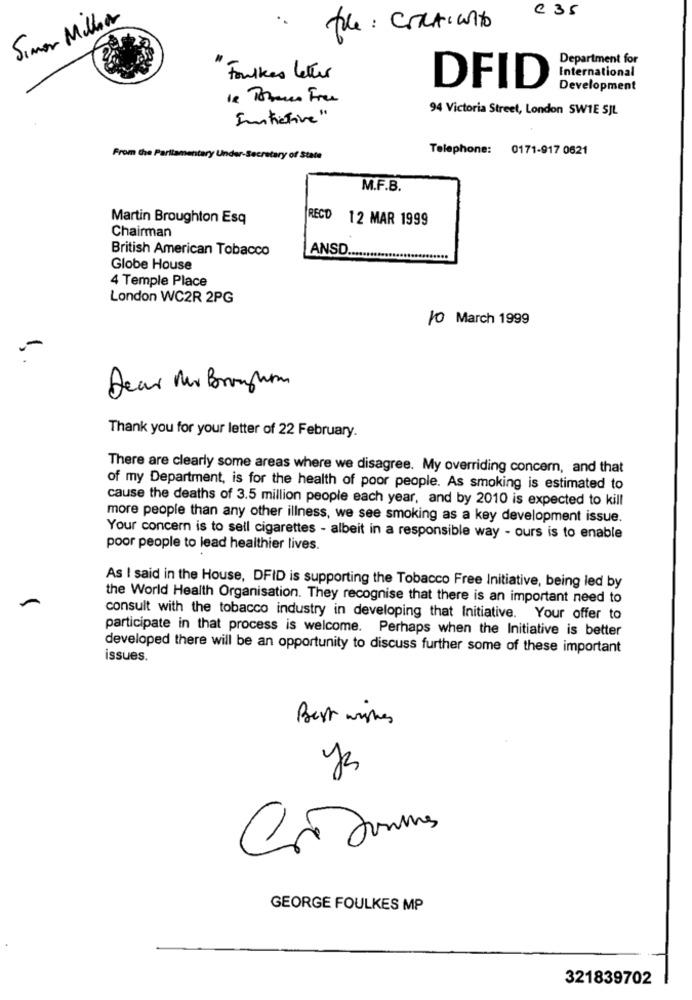
€ 35
Simon Miller
Take: Contient
Department for
International
Foulkes letter
DFID
Development
94 Victoria Street, London SWIE SJL
Intiative"
Telephone: 0171-917 0621
From the Parliamentary Under-Secretary of State
M.F.B.
Martin Broughton Esq
RECD
12 MAR 1999
Chairman
British American Tobacco
ANSD ..
Globe House
4 Temple Place
London WC2R 2PG
10 March 1999
Dear Mr Bronfrom
Thank you for your letter of 22 February.
There are clearly some areas where we disagree. My overriding concern, and that
of my Department, is for the health of poor people. As smoking is estimated to
cause the deaths of 3.5 million people each year, and by 2010 is expected to kill
more people than any other illness, we see smoking as a key development issue.
Your concern is to sell cigarettes - albeit in a responsible way - ours is to enable
poor people to lead healthier lives.
As I said in the House, DFID is supporting the Tobacco Free Initiative, being led by
A
the World Health Organisation. They recognise that there is an important need to
consult with the tobacco industry in developing that Initiative. Your offer to
participate in that process is welcome. Perhaps when the Initiative is better
developed there will be an opportunity to discuss further some of these important
issues.
yes
GEORGE FOULKES MP
321839702